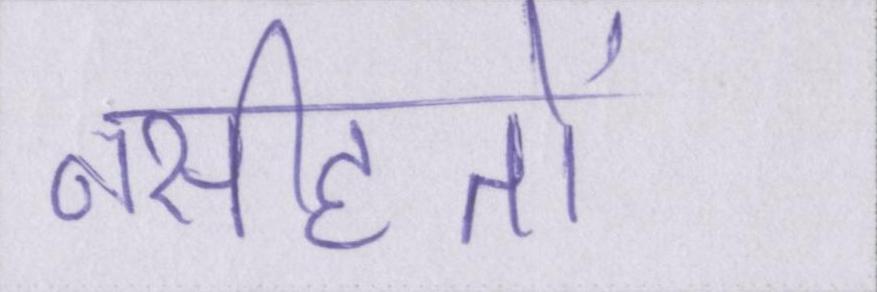
नसीहतों